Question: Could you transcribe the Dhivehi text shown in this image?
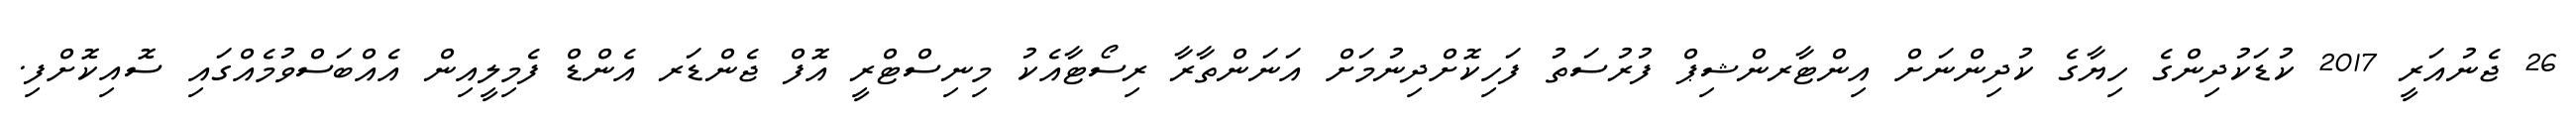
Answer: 26 ޖެނުއަރީ 2017 ކުޑަކުދިންގެ ހިޔާގެ ކުދިންނަށް އިންޓާރންޝިޕް ފުރުސަތު ފަހިކޮށްދިނުމަށް އަނަންތާރާ ރިސޯޓާއެކު މިނިސްޓްރީ އޮފް ޖެންޑަރ އެންޑް ފެމިލީއިން އެއްބަސްވުމެއްގައި ސޮއިކޮށްފި.